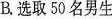
B.选取50名男生